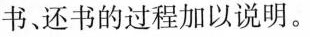
书、还书的过程加以说明。